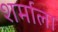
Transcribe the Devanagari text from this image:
शर्माला